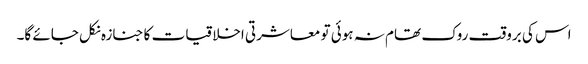
اس کی بروقت روک تھام نہ ہوئی تو معاشرتی اخلاقیات کا جنازہ نکل جائے گا۔